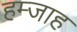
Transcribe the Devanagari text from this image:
हम्जाह